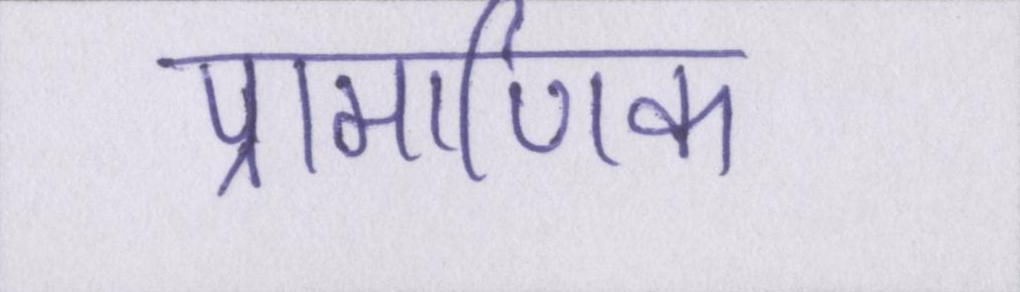
प्रामाणिक